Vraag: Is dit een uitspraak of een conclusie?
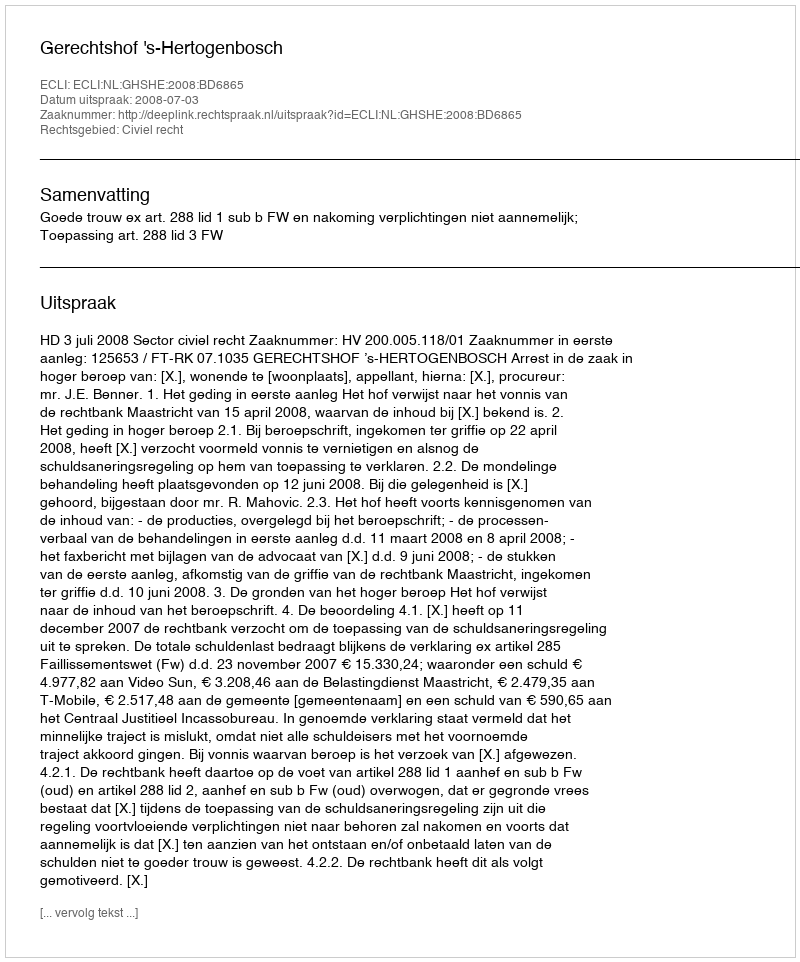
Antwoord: Uitspraak